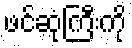
ဖင်ဆုံကြီးကို